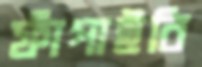
ফাঁপাইবি